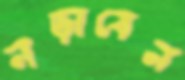
নড়াবেন